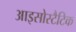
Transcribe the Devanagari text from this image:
आइसोस्टैटिक